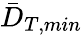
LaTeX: \bar{D}_{T,min}